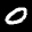
Label: 0